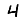
Digit: 4